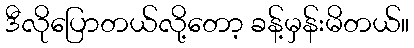
ဒီလိုပြောတယ်လို့တော့ ခန့်မှန်းမိတယ်။